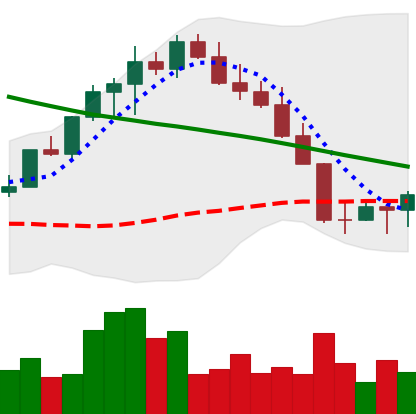
Ticker: LINK-USD
Chart end date: 2022-08-23
Forward return: -13.543%
Label: down_7plus